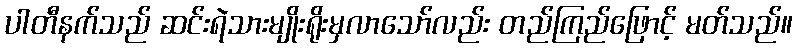
ပါတီနက်သည် ဆင်းရဲသားမျိုးရိုးမှလာသော်လည်း တည်ကြည်ဖြောင့် မတ်သည်။